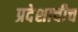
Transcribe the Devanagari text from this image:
प्रदेशाचीच